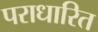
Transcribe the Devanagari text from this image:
पराधारित